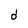
Character: d